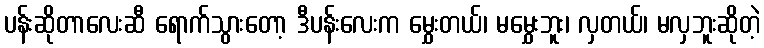
ပန်းဆိုတာလေးဆီ ရောက်သွားတော့ ဒီပန်းလေးက မွှေးတယ်၊ မမွှေးဘူး၊ လှတယ်၊ မလှဘူးဆိုတဲ့